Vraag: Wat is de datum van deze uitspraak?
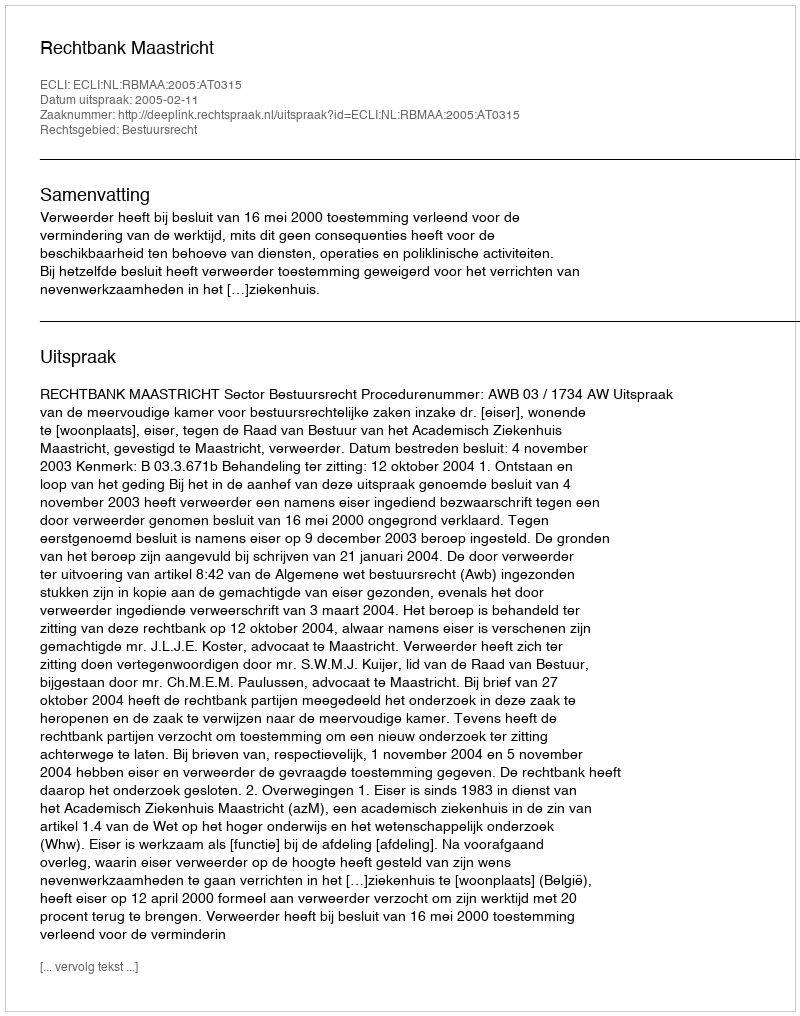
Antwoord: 2005-02-11